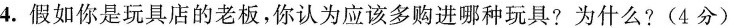
4.假如你是玩具店的老板，你认为应该多购进哪种玩具?为什么?(4分)